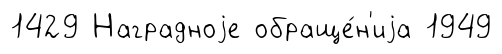
1429 Наградноjе обраще́н'иjа 1949